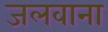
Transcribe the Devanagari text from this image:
जलवाना